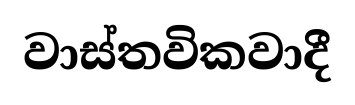
වාස්තවිකවාදී